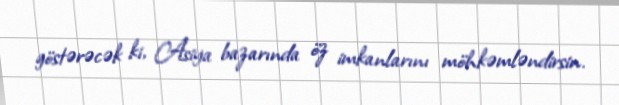
göstərəcək ki, Asiya bazarında öz imkanlarını möhkəmləndirsin.